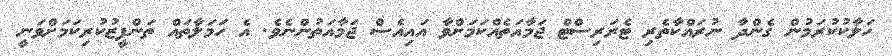
ހަލާކުކުރަމުން ގެންދާ ނުރައްކާތެރި ޓެރަރިސްޓް ޖަމާއަތެއްކަމަށްވާ އައިއެސް ޖަމާއަތުންނެވެ. އެ ހަމަލާތައް ތަންފީޒުކުރިކަމަށްވަނީ